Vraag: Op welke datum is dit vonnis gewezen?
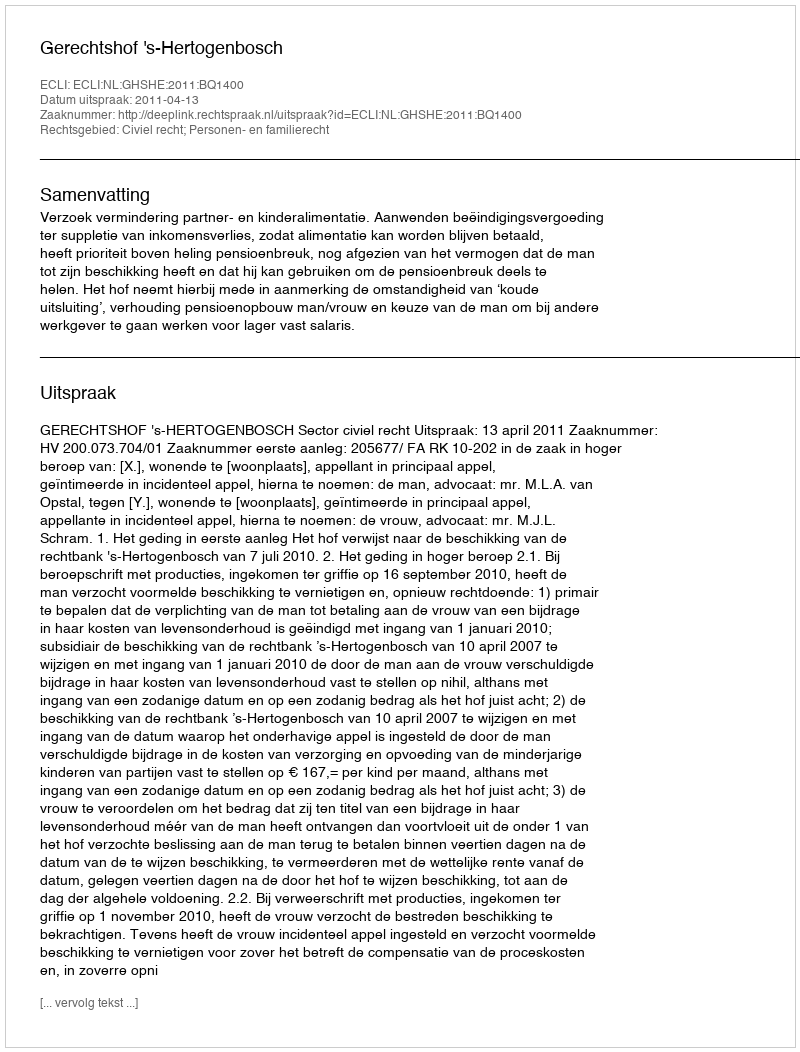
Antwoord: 2011-04-13